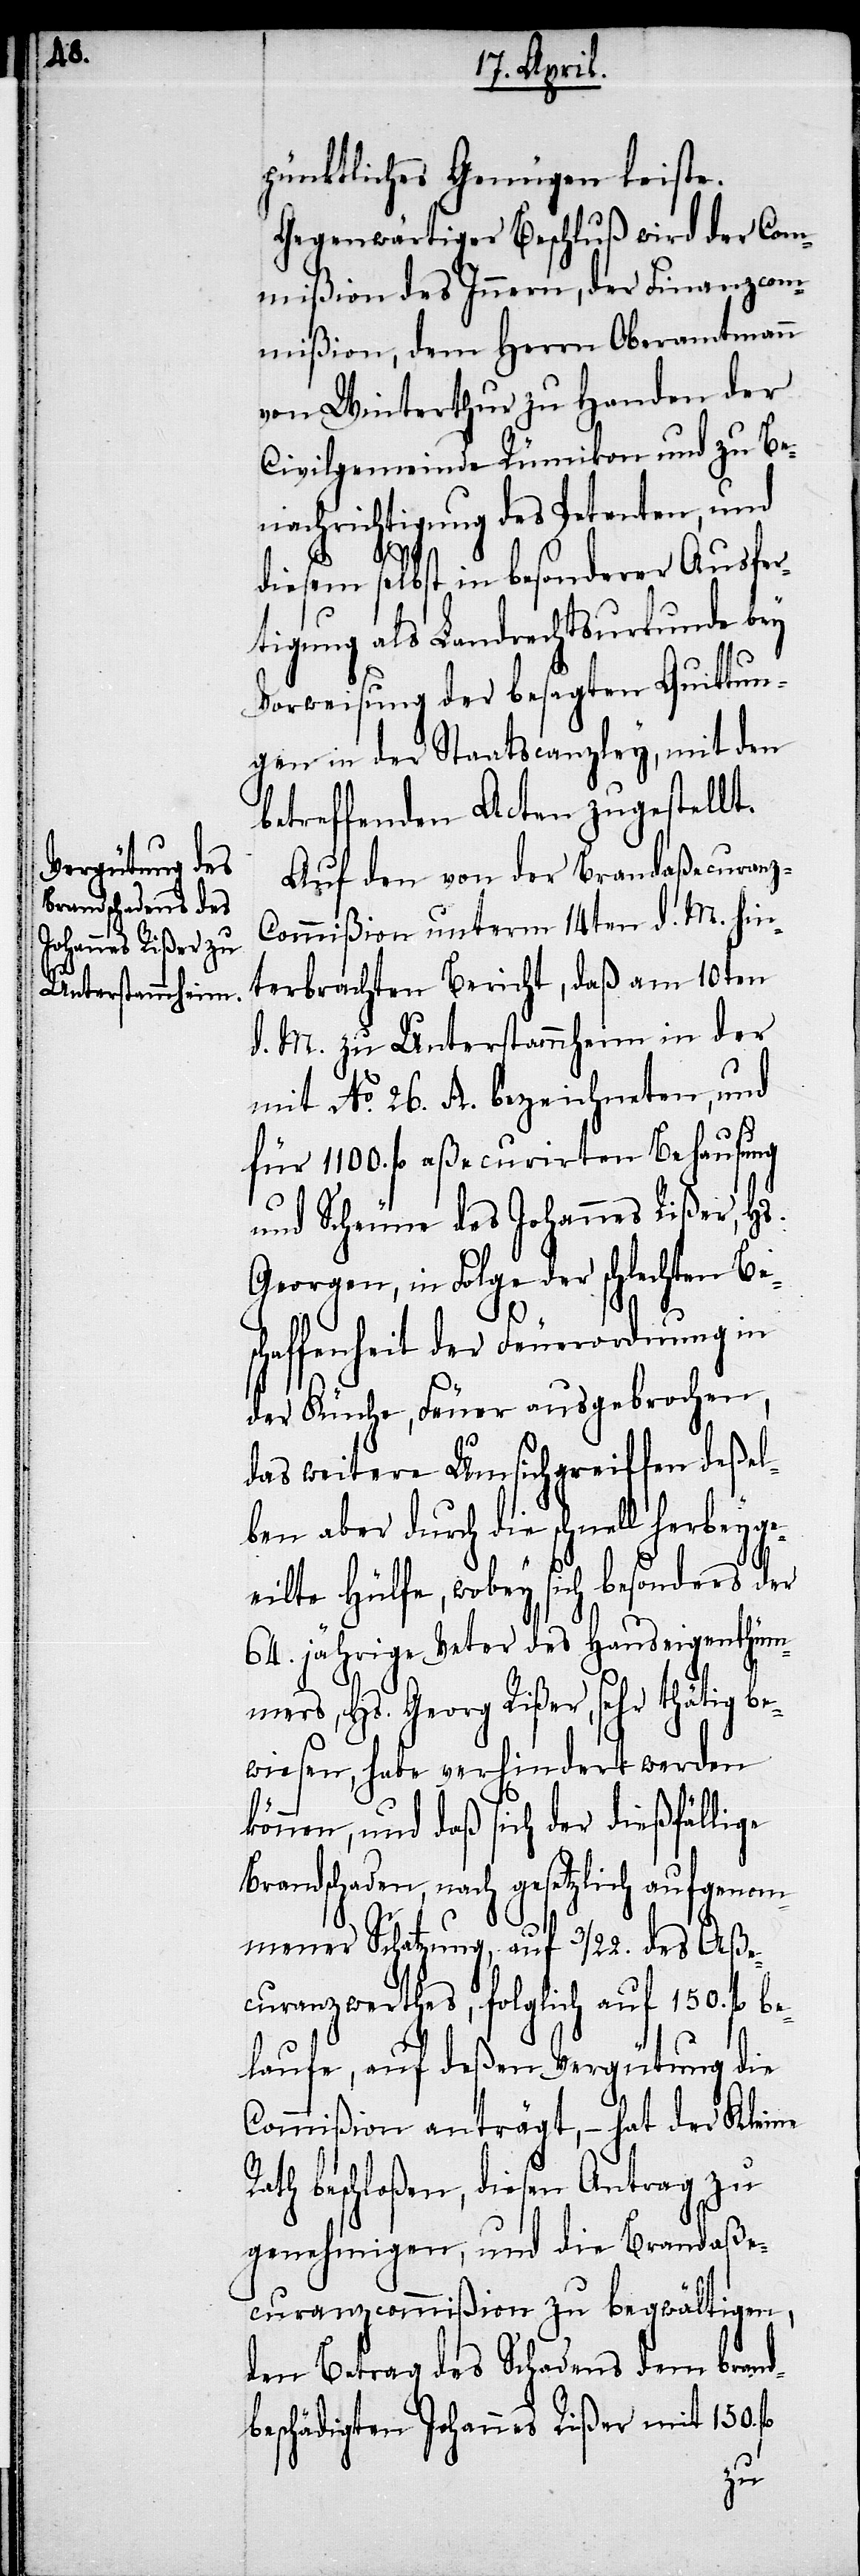
pünktliches Genügen leiste.
Gegenwärtiger Beschluß wird der Com¬
mißion des Innern, der Finanzcom¬
mißion, dem Herrn Oberamtmann
von Winterthur zu Handen der
Civilgemeinde Rümikon und zu Be¬
nachrichtigung des Petenten, und
diesem selbst in besonderer Ausfer¬
tigung als Landrechtsurkunde bey
Vorweisung der besagten Quittun¬
gen in der Staatscanzley, mit den
betreffenden Acten zugestellt.
Auf den von der Brandaßecuranz-C¬
ommißion unterm 14ten d. M. hin¬
terbrachten Bericht, daß am 10ten
d. M. zu Unterstammheim in der
mit No. 26. A. bezeichneten, und
für 1100. fl. aßecurirten Behausung
und Scheune des Johannes Rißer, Hs.
Georgen, in Folge der schlechten Bes¬
chaffenheit der Feuerordnung in
der Küche, Feuer ausgebrochen,
das weitere Umsichgreiffen deßel¬
ben aber durch die schnell herbe¬
eilte Hülfe, wobey sich besonders der
64. jährige Vater des Hauseigenthüm¬
ers, Hs. Georg Rißer, sehr thätig be¬
wiesen, habe verhindert werden
können, und daß sich der dießfällige
Brandschaden, nach gesetzlich aufgenom¬
mener Schatzung, auf 3/22. des Aße¬
curanzwerthes, folglich auf 150. fl. be¬
laufe, auf deßen Vergütung die
Commißion anträgt, – hat der Kleine
Rath beschloßen, diesen Antrag zu
genehmigen, und die Brandaße¬
curanzcommißion zu begwältigen,
den Betrag des Schadens dem brand¬
beschädigten Johannes Rißer mit 150.
yge¬